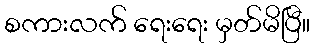
စကားလက် ရေးရေး မှတ်မိပြီ။